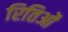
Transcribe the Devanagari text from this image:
रितिओं